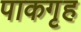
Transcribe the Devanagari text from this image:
पाकगृह